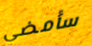
سأمضي